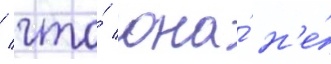
/ что́ она́ н'е́